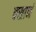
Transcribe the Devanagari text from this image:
वसानं